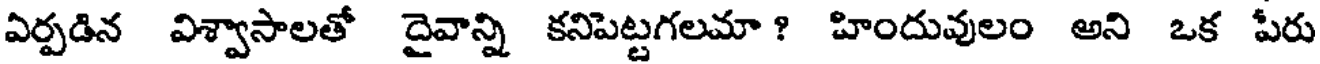
ఏర్పడిన విశ్వాసాలతో దైవాన్ని కనిపెట్టగలమా ? హిందువులం అని ఒక పేరు